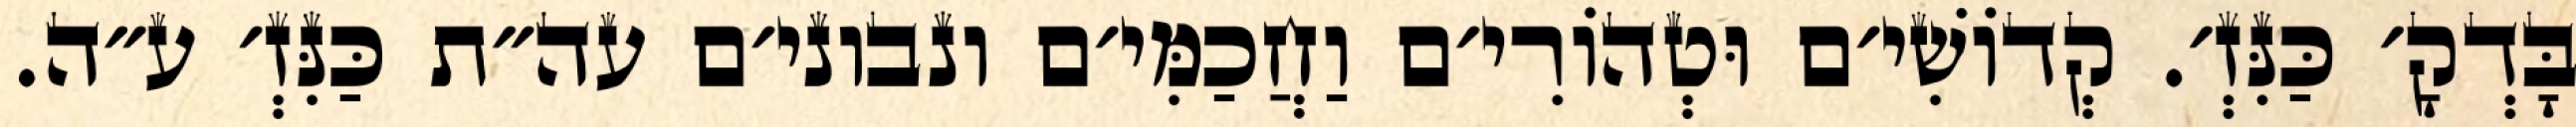
בָּדְקָ׳ כַּנִּזְ׳. קְדוֹשִׁי׳ם וּטְהוֹרִי׳ם וַחֲכַמִּי׳ם ונבוני׳ם עה״ת כַּנִּזְ׳ ע״ה.